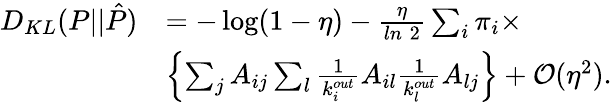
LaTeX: \begin{array}{rl}{D_{KL}(P||\hat{P})}&{=-\log(1-\eta)-\frac{\eta}{ln\; 2}\sum_{i}\pi_{i}\times}\\ &{\left\{ \sum_{j}A_{ij}\sum_{l}\frac{1}{k_{i}^{out}}A_{il}\frac{1}{k_{l}^{out}}A_{lj}\right\} +\mathcal{O}(\eta^{2}).}\end{array}